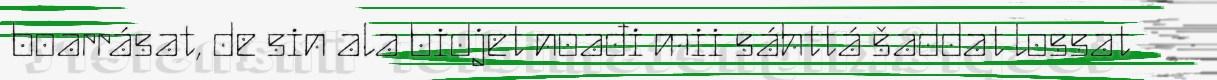
boarrásat, de sin ala bidjet noađi mii sáhttá šaddat lossat